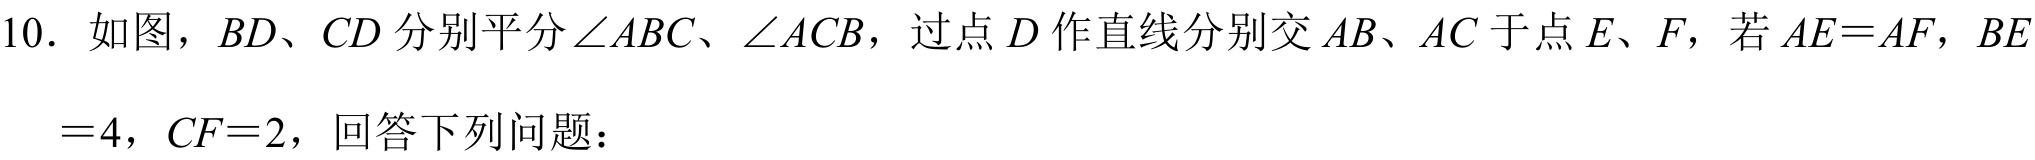
10. 如图，$BD、CD$分别平分$\angle ABC、\angle ACB$，过点$D$作直线分别交$AB、AC$于点$E、F$，若$AE = AF$，$BE$
$ = 4$，$CF = 2$，回答下列问题：